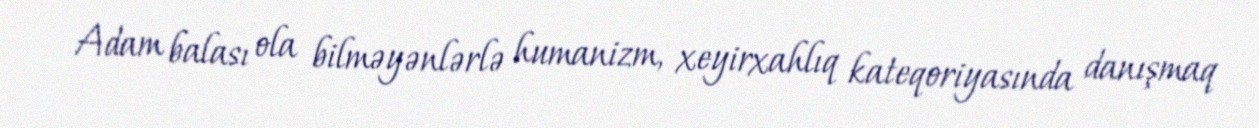
Adam balası ola bilməyənlərlə humanizm, xeyirxahlıq kateqoriyasında danışmaq